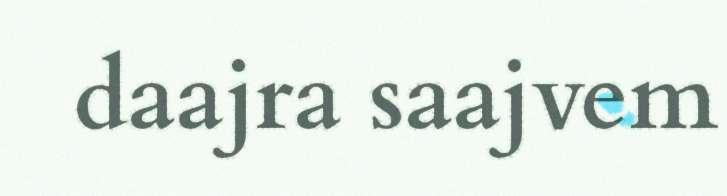
daajra saajvem